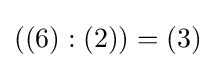
((6):(2))=(3)